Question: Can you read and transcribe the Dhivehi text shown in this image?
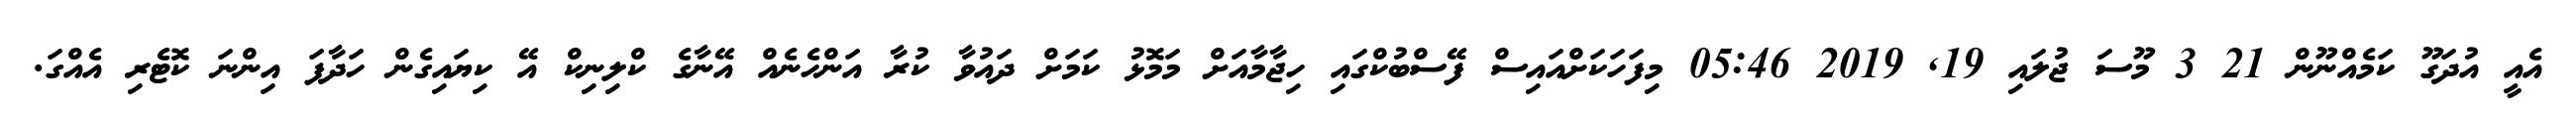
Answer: އެއީ އުދަގޫ ކަމެއްނޫން 21 3 މޫސަ ޖުލައި 19, 2019 05:46 މިފަހަކަށްއައިސް ފޭސްބުކްގައި ހިޖާމާއަށް މަމޮޅު ކަމަށް ދައުވާ ކުރާ އަންހެނެއް އޭނާގެ ކްލިނިކް އޭ ކިޔައިގެން ހަދާފަ އިންނަ ކޮޓެރި އެއްގަ.